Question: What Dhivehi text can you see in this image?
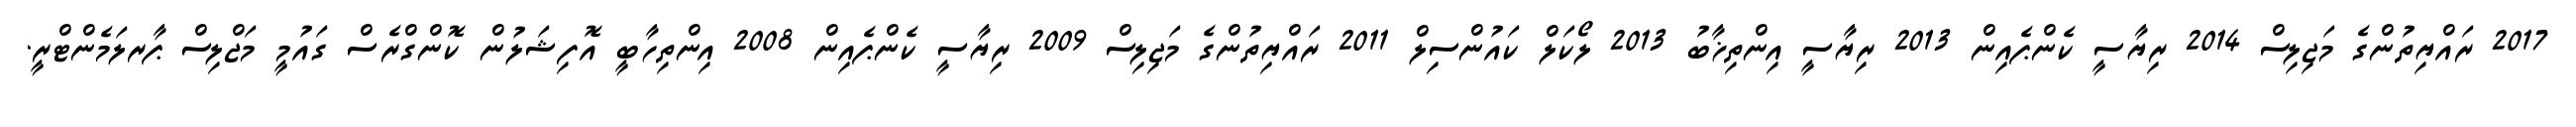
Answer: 2017 ރައްޔިތުންގެ މަޖިލިސް 2014 ރިޔާސީ ކެންޕެއިން 2013 ރިޔާސީ އިންތިޚާބު 2013 ލޯކަލް ކައުންސިލް 2011 ރައްޔިތުންގެ މަޖިލިސް 2009 ރިޔާސީ ކެންޕެއިން 2008 އިންތިހާބީ އޮފިޝަލުން ކޮންގްރެސް ގައުމީ މަޖްލިސް ޕާރލަމެންޓްރީ.